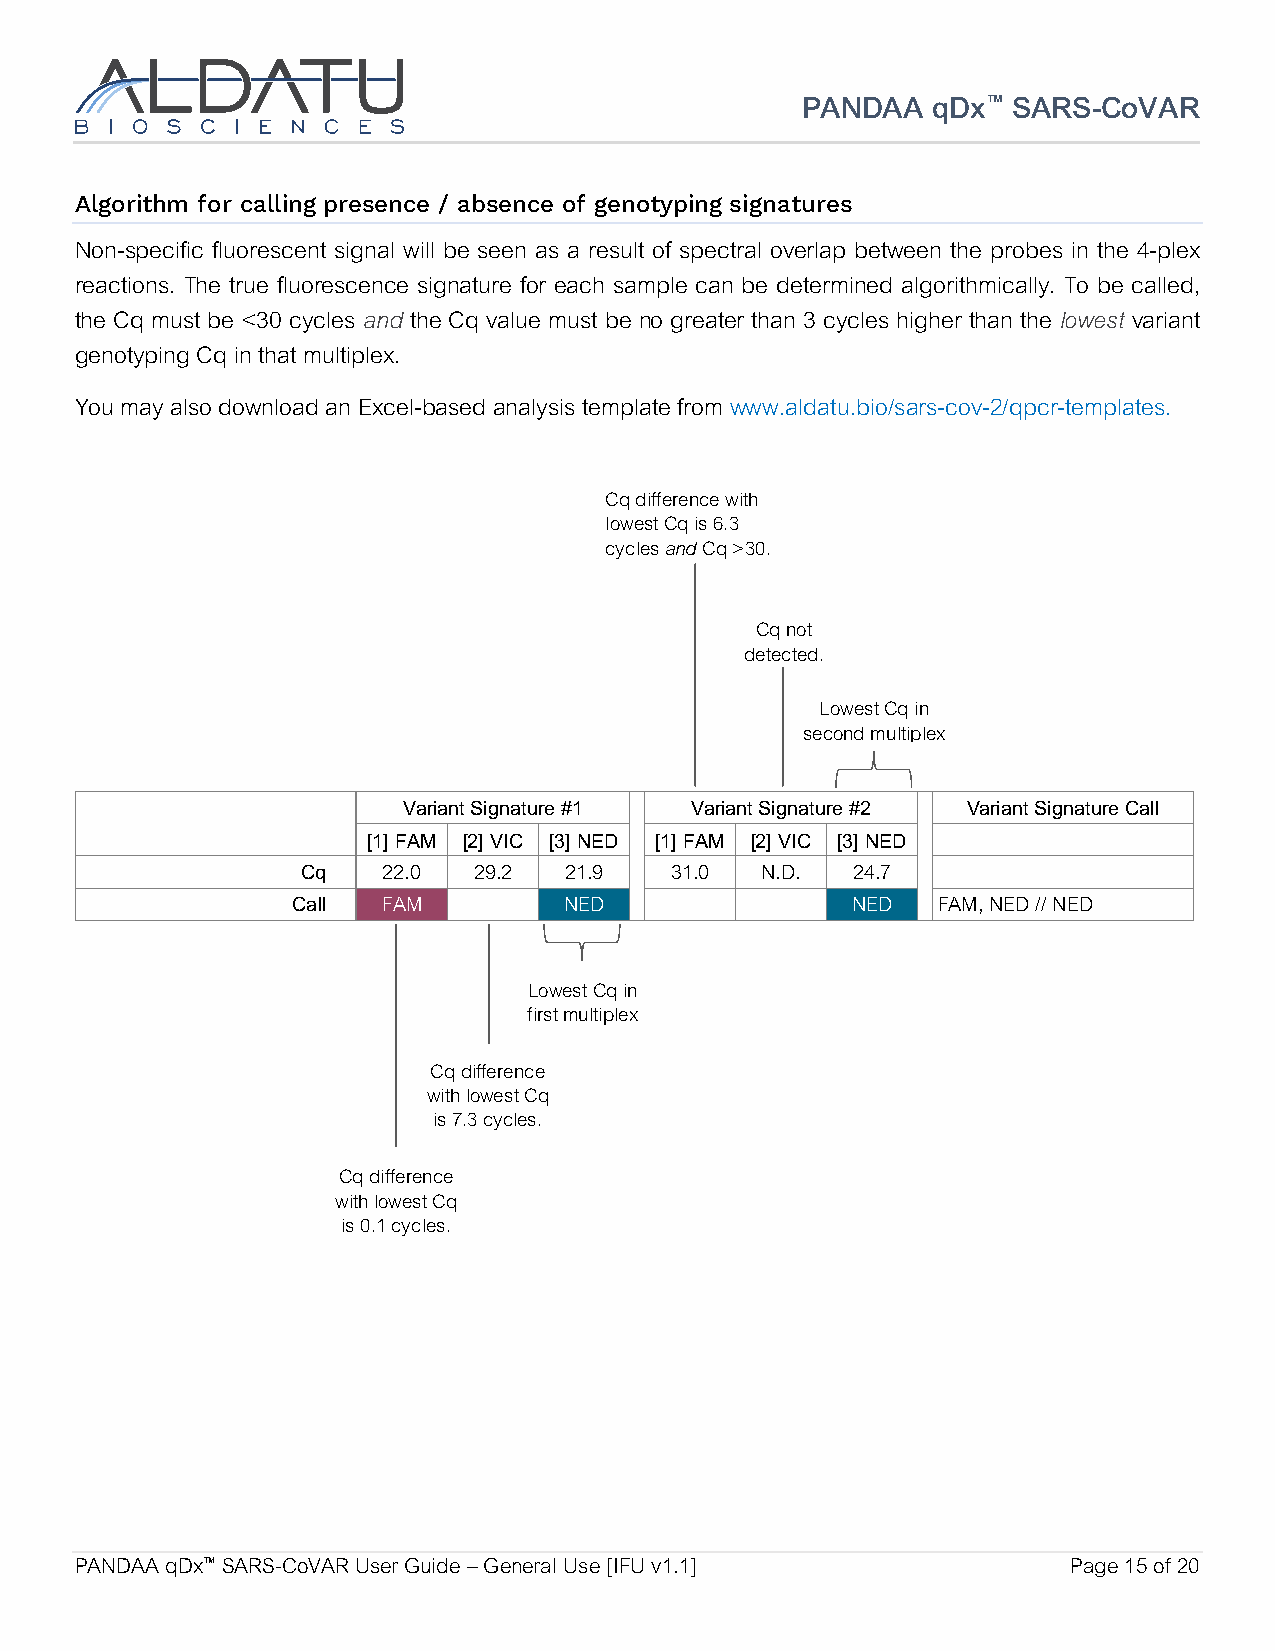
PANDAA   qDx™ SARS-CoVAR
 Algorithm for calling presence / absence of genotyping signatures
 Non-specific fluorescent signal will be seen as a result of spectral overlap between the probes in the 4-plex
 reactions. The true fluorescence signature for each sample can be determined algorithmically. To be called,
 the Cq must be <30 cycles and the Cq value must be no greater than 3 cycles higher than the lowest variant
 genotyping Cq in that multiplex.
 You may also download an Excel-based analysis template from www.aldatu.bio/sars-cov-2/qpcr-templates.
 Cq difference with
 lowest Cq is 6.3
 cycles and Cq >30.
 Cq not
 detected.
 Lowest Cq in
 second multiplex
 Variant Signature #1 Variant Signature #2 Variant Signature Call
 [1] FAM [2] VIC [3] NED [1] FAM [2] VIC [3] NED
 Cq   22.0  29.2  21.9   31.0  N.D.  24.7
 Call  FAM         NED                NED   FAM, NED // NED
 Lowest Cq in
 first multiplex
 Cq difference
 with lowest Cq
 is 7.3 cycles.
 Cq difference
 with lowest Cq
 is 0.1 cycles.
 PANDAA qDx™ SARS-CoVAR User Guide – General Use [IFU v1.1]        Page 15 of 20